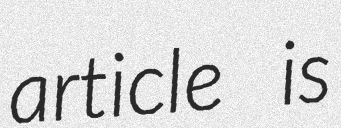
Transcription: article is